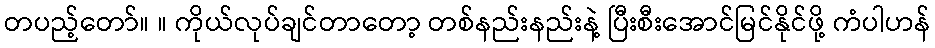
တပည့်တော်။ ။ ကိုယ်လုပ်ချင်တာတော့ တစ်နည်းနည်းနဲ့ ပြီးစီးအောင်မြင်နိုင်ဖို့ ကံပါဟန်